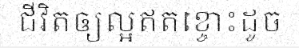
ជីវិតឲ្យល្អឥតខ្ចោះដូច